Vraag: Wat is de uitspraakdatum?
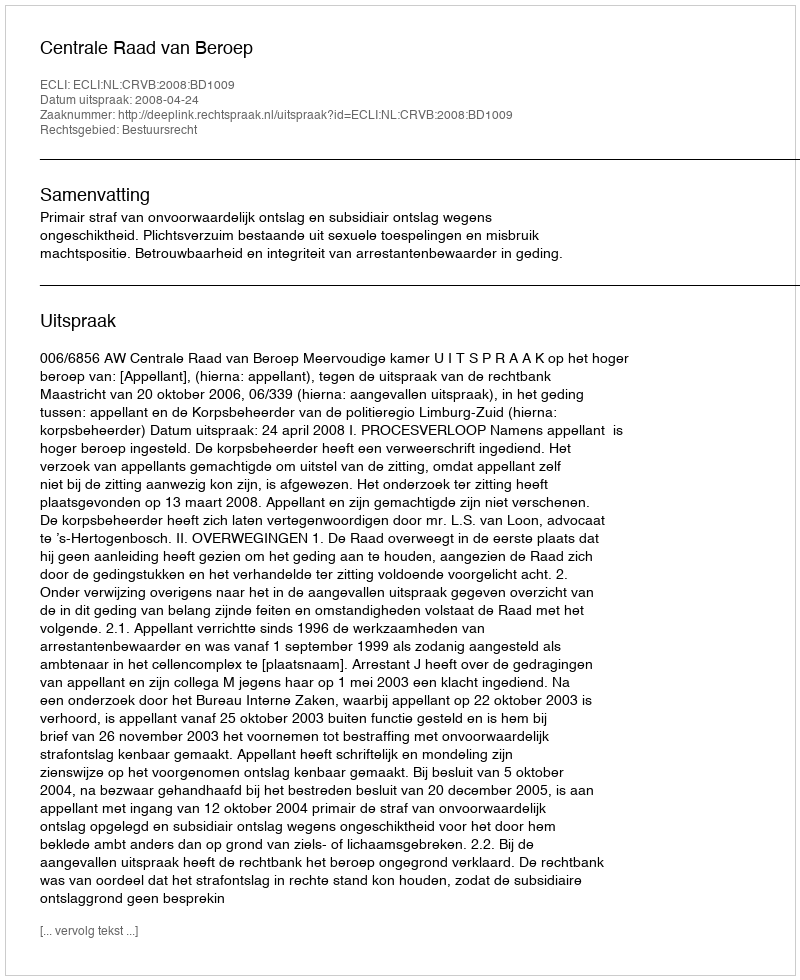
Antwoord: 2008-04-24